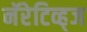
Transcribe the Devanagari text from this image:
नॅरेटिव्ह्‌ज